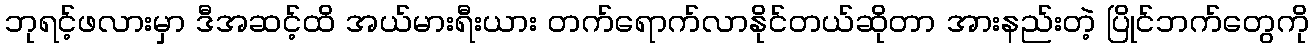
ဘုရင့်ဖလားမှာ ဒီအဆင့်ထိ အယ်မားရီးယား တက်ရောက်လာနိုင်တယ်ဆိုတာ အားနည်းတဲ့ ပြိုင်ဘက်တွေကို